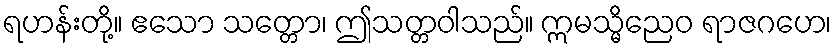
ရဟန်းတို့။ ဧသော သတ္တော၊ ဤသတ္တဝါသည်။ ဣမသ္မိညေဝ ရာဇဂဟေ၊